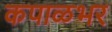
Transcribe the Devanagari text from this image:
कपाळभर